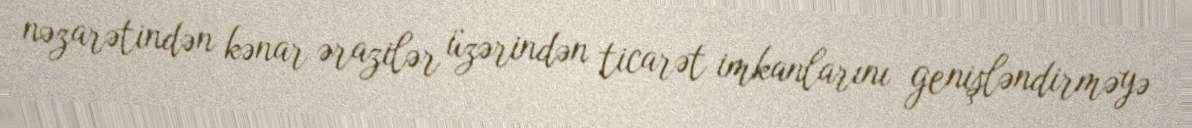
nəzarətindən kənar ərazilər üzərindən ticarət imkanlarını genişləndirməyə